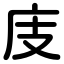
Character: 庋